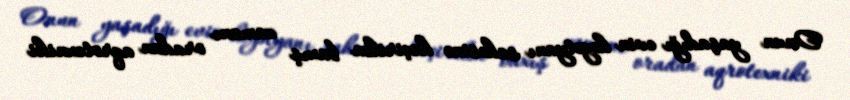
Onun yaşadığı evin həyətyanı sahəsinə keçirilən baxış zamanı oradan aqrotexniki